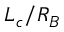
L _ { c } / R _ { B }